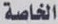
الخاصة